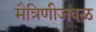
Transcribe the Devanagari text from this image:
मैत्रिणीजवळ